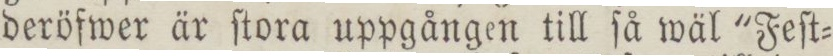
deröfwer är ſtora uppgången till ſå wäl 'Feſt=